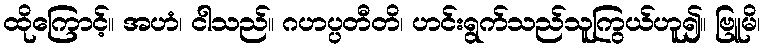
ထိုကြောင့်။ အဟံ၊ ငါသည်။ ဂဟပ္ပတီတိ၊ ဟင်းရွက်သည်သူကြွယ်ဟူ၍။ ဗြူမိ၊